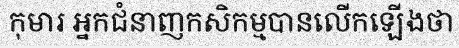
កុមារ អ្នកជំនាញកសិកម្មបានលើកឡើងថា